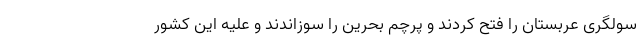
سولگری عربستان را فتح کردند و پرچم بحرین را سوزاندند و علیه این کشور